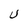
Character: U